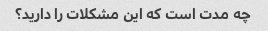
چه مدت است که این مشکلات را دارید؟